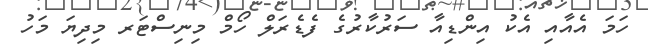
ހަމަ އެއާއި އެކު އިންޑިއާ ސަރުކާރުގެ ފެޑެރަލް ހޯމް މިނިސްޓަރ މިދިޔަ މަހު